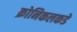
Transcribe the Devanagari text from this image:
क्रोनिकलकडे